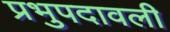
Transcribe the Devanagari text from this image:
प्रभुपदावली